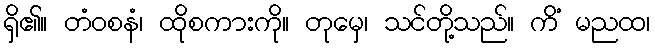
ရှိ၏။ တံဝစနံ၊ ထိုစကားကို။ တုမှေ၊ သင်တို့သည်။ ကိံ မညထ၊